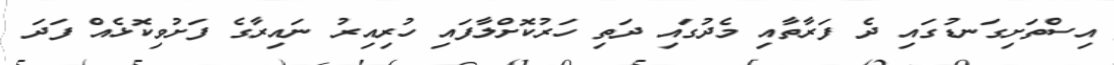
އިސްތަށިގަނޑުގައި ދެ ފަރާތާއި މެދުގައި ދަތި ހަރުކޮށްލާފައި ހުރިއިރު ނައިރާގެ ފަށުވިކޮޅެއް ފަދަ